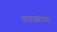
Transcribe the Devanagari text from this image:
उत्तराखंडचा